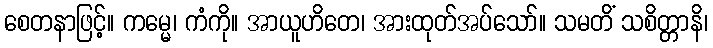
စေတနာဖြင့်။ ကမ္မေ၊ ကံကို။ အာယူဟိတေ၊ အားထုတ်အပ်သော်။ သမတိံ သစိတ္တာနိ၊